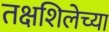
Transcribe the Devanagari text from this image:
तक्षशिलेच्या